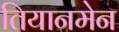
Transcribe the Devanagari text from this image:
तियानमेन